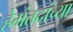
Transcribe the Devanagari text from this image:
हेमंतदांच्या